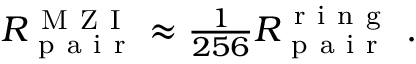
\begin{array} { r } { R _ { \mathrm { ~ p ~ a ~ i ~ r ~ } } ^ { \mathrm { ~ M ~ Z ~ I ~ } } \approx \frac { 1 } { 2 5 6 } R _ { \mathrm { ~ p ~ a ~ i ~ r ~ } } ^ { \mathrm { ~ r ~ i ~ n ~ g ~ } } \ . } \end{array}